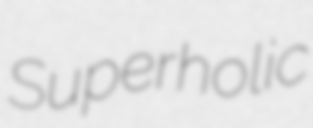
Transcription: Superholic